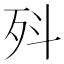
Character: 𭮃